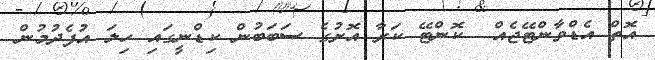
އޮތް އެޑްވާންޓޭޖެއް  ކޮންޓޭ ކަރާ އޮށުގެ ސަބަބުން ކިޑްނީގައި ހިލަ އުފެދުމުން